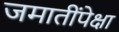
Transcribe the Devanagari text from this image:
जमातींपेक्षा